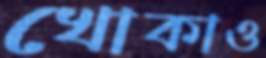
খোকাও